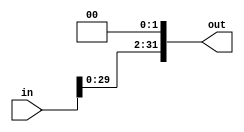
`timescale 1ns / 1ps
//////////////////////////////////////////////////////////////////////////////////
// Company: 
// Engineer: 
// 
// Design Name: 
// Module Name:    ShiftLeft32 
// Project Name: 
// Target Devices: 
// Tool versions: 
// Description: 
//
// Dependencies: 
//
// Revision: 
// Revision 0.01 - File Created
// Additional Comments: 
//
//////////////////////////////////////////////////////////////////////////////////
module ShiftLeft32(in, out);
input [31:0] in;
output [31:0] out;
assign out= in << 2;
endmodule